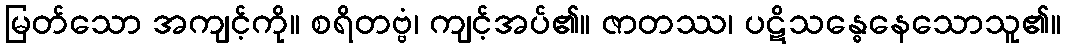
မြတ်သော အကျင့်ကို။ စရိတဗ္ဗံ၊ ကျင့်အပ်၏။ ဇာတဿ၊ ပဋိသန္ဓေနေသောသူ၏။